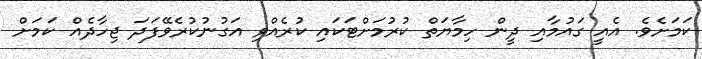
ކަމަށެވެ. އެއީ ގައުމާއި ދީން ހިމާޔަތް ކުރުމަށްޓަކައި ކުރެއްވި އަގުނުކުރެވޭފަދަ ޖިހާދެއް ކަމަށް